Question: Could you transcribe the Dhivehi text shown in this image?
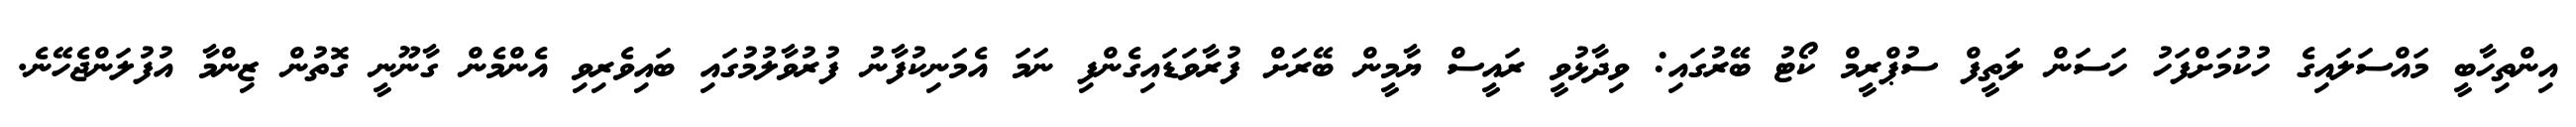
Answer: އިންތިހާބީ މައްސަލައިގެ ހުކުމަށްފަހު ހަސަން ލަތީފް ސުޕްރީމް ކޯޓު ބޭރުގައި: ވިދާޅުވީ ރައީސް ޔާމީން ބޭރަށް ފުރާވަޑައިގެންފި ނަމަ އެމަނިކުފާނު ފުރުވާލުމުގައި ބައިވެރިވި އެންމެން ގާނޫނީ ގޮތުން ޒިންމާ އުފުލަންޖެހޭނެ.